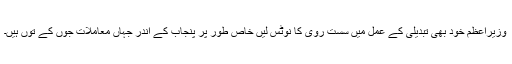
وزیراعظم خود بھی تبدیلی کے عمل میں سست روی کا نوٹس لیں خاص طور پر پنجاب کے اندر جہاں معاملات جوں کے توں ہیں۔